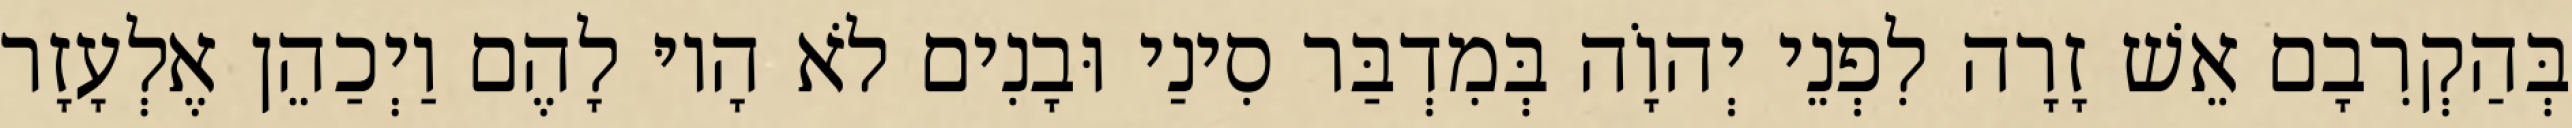
בְּהַקְרִבָם אֵשׁ זָרָה לִפְנֵי יְהוָֹה בְּמִדְבַּר סִינַי וּבָנִים לֹא הָיוּ לָהֶם וַיְכַהֵן אֶלְעָזָר